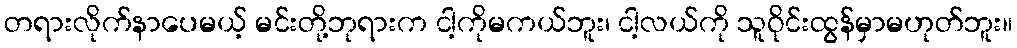
တရားလိုက်နာပေမယ့် မင်းတို့ဘုရားက ငါ့ကိုမကယ်ဘူး၊ ငါ့လယ်ကို သူဝိုင်းထွန်မှာမဟုတ်ဘူး။